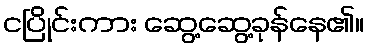
ငပြိုင်းကား ဆွေ့ဆွေ့ခုန်နေ၏။